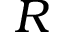
R